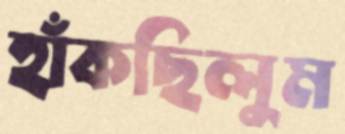
হাঁকছিলুম